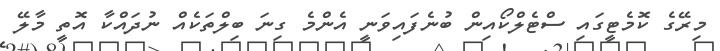
މިރޭގެ ކޮމެޓީގައި ސްޓެލްކޯއިން ބުނެފައިވަނީ އެންމެ ގިނަ ބިލްތަކެއް ނުދައްކާ އޮތީ މާލޭ